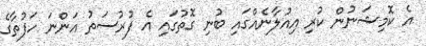
އެ ކޮމިޝަނުން ކުރި އިއުލާނެއްގައި ބުނި ގޮތުގައި އެ ފުރުސަތު އަންނަ ހަފުތާގެ